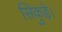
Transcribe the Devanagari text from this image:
सिकुड़े।